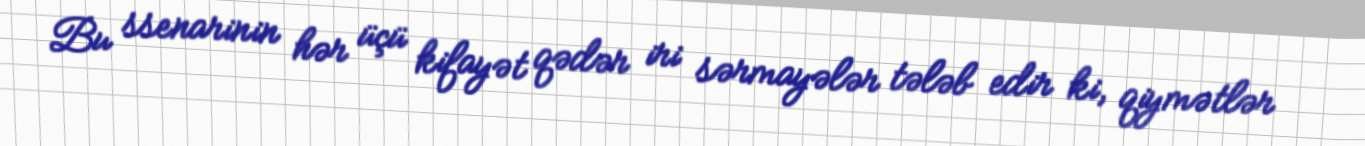
Bu ssenarinin hər üçü kifayət qədər iri sərmayələr tələb edir ki, qiymətlər